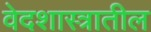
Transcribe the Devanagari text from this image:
वेदशास्त्रातील